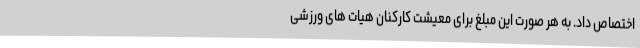
اختصاص داد. به هر صورت این مبلغ برای معیشت کارکنان هیات های ورزشی